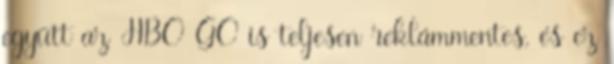
együtt az HBO GO is teljesen reklámmentes, és ez